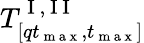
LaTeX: T_{[qt_{\mathrm{~m~a~x~}},t_{\mathrm{~m~a~x~}}]}^{\mathrm{~I~,~I~I~}}